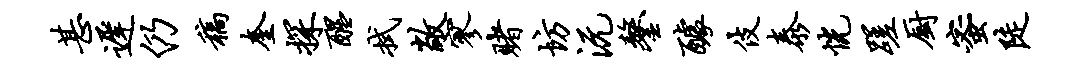
甚迟仍稿奎探醒拭敞寥赌坊沅鏊醵伎泰恍蹉厨蜜陡